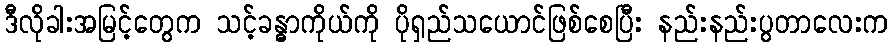
ဒီလိုခါးအမြင့်တွေက သင့်ခန္ဓာကိုယ်ကို ပိုရှည်သယောင်ဖြစ်စေပြီး နည်းနည်းပွတာလေးက